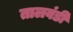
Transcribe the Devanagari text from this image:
तालवंडी